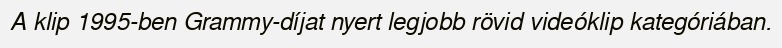
A klip 1995-ben Grammy-díjat nyert legjobb rövid videóklip kategóriában.